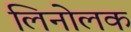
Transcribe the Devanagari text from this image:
लिनोलक